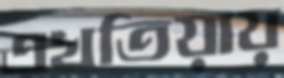
এখতিয়ায়